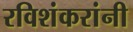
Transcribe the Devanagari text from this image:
रविशंकरांनी